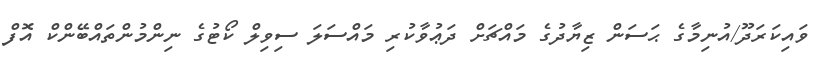
ވައިކަރަދޫ/އުނިމާގެ ޙަސަން ޒިޔާދުގެ މައްޗަށް ދަޢުވާކުރި މައްސަލަ ސިވިލް ކޯޓުގެ ނިންމުންތައްބޭންކް އޮފް